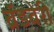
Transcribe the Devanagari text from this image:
ब्रॅडबेरी